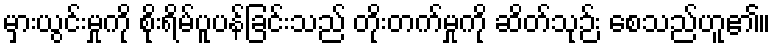
မှားယွင်းမှုကို စိုးရိမ်ပူပန်ခြင်းသည် တိုးတက်မှုကို ဆိတ်သုဉ်း စေသည်ဟူ၏။